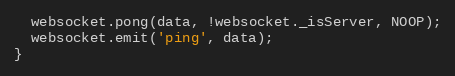
Language: JavaScript
  websocket.pong(data, !websocket._isServer, NOOP);
  websocket.emit('ping', data);
}